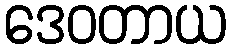
ဒေဝတာယ